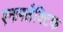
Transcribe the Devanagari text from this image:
एनाफ्लैक्टिक